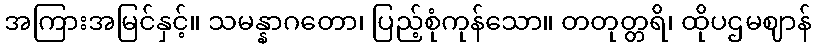
အကြားအမြင်နှင့်။ သမန္နာဂတော၊ ပြည့်စုံကုန်သော။ တတုတ္တရိ၊ ထိုပဌမဈာန်